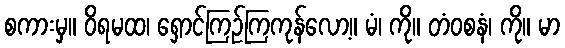
စကားမှ။ ဝိရမထ၊ ရှောင်ကြဉ်ကြကုန်လော့။ မံ၊ ကို။ တံဝစနံ၊ ကို။ မာ